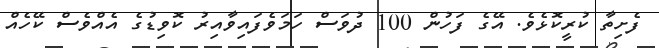
ފެށިތާ ކުރީކޮޅެވެ. އޭގެ ފަހުން 100 ދުވަސް ހަމަވެފައިވާއިރު ކޮވިޑުގެ އެއްވެސް ކޭހެއް